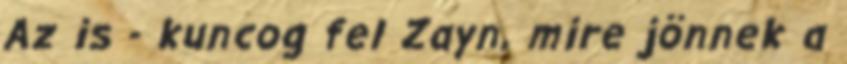
Az is - kuncog fel Zayn, mire jönnek a